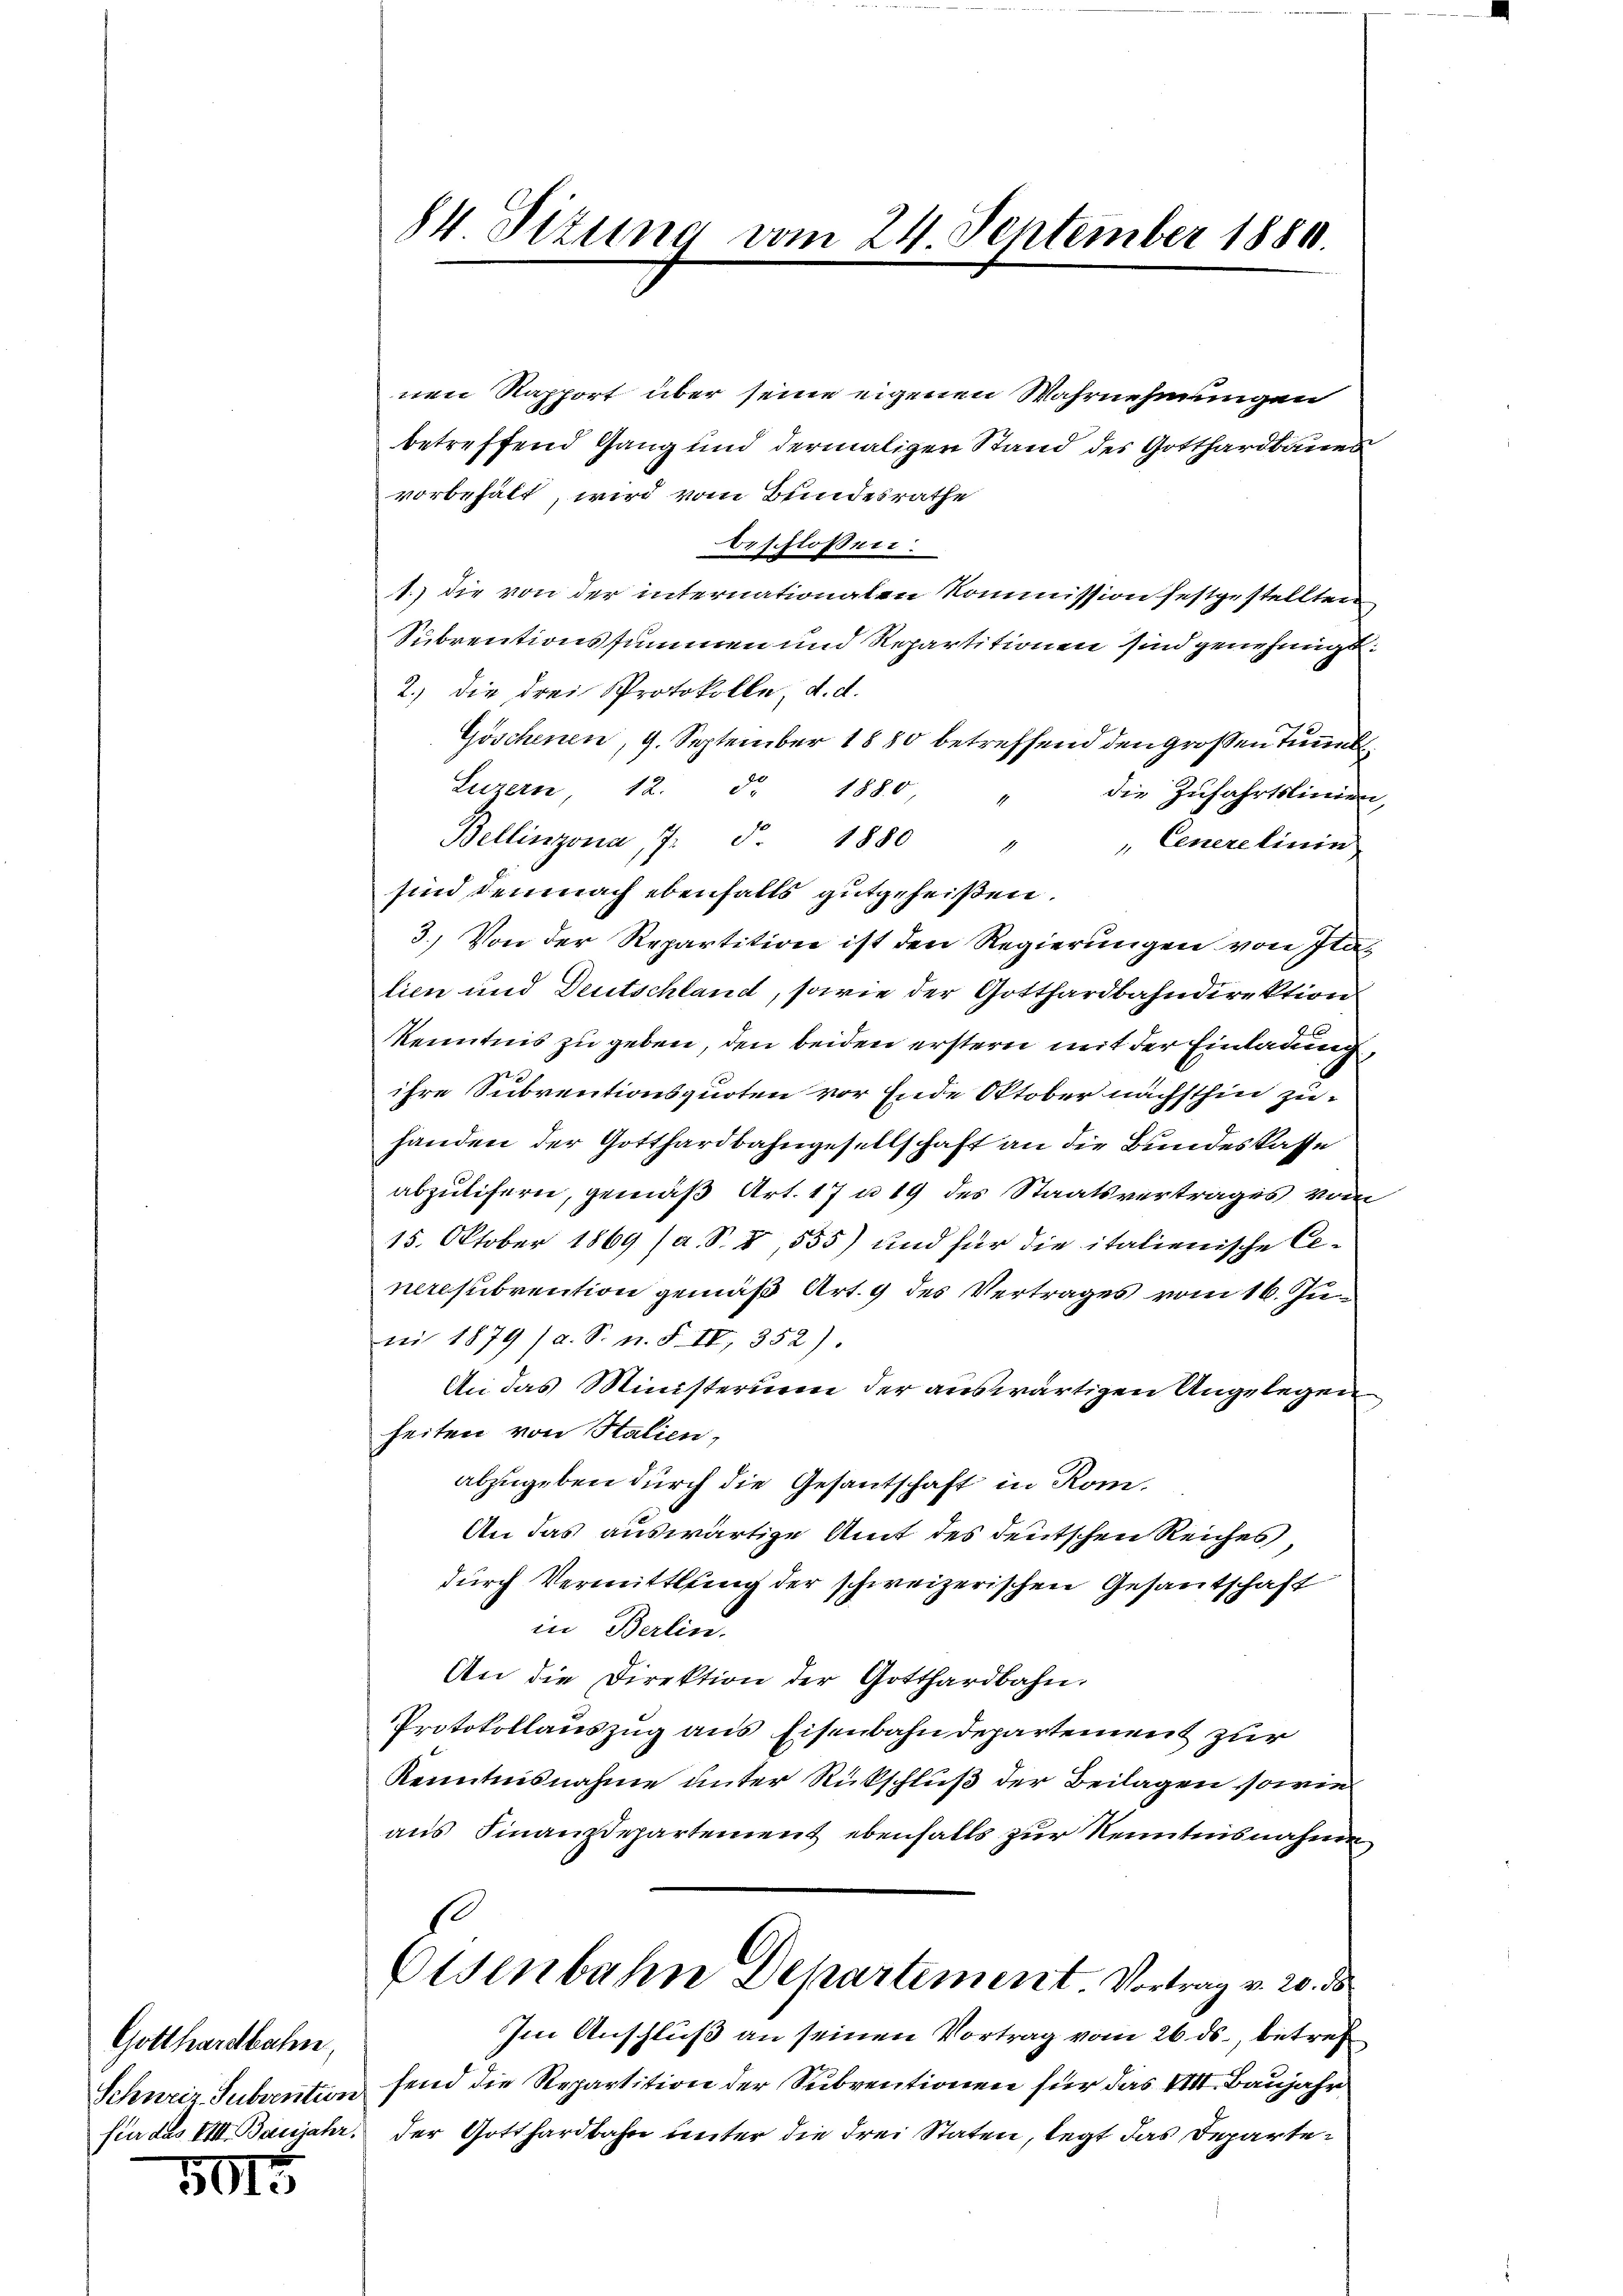
Gotthardbahn,
Schweiz Subvention
für das VIII. Barsjahr.

501.

84 Sitzung vom 24. September 1880.

nen Rapport über seine eigenen Wahrnehmungen
betreffend Gang und dermaligen Stand des Gotthardbaues
vorbehält, wird vom Bundesrathe
beschlossen:
1.) die von der internationalen Kommission festgestellten
Subrentionssummen und Repartitionen sind genehmigt
2.) die drei Protokolle, d. d.
Göschenen, 9. September 1880 betreffend den großen Tunnel
Luzern, 12. d. 1880,
die Zufahrtslinien
Bellinzona, 7 § 1880 "
Cenerelinie
sind demnach ebenfalls gutgeheißen.
3.) Von der Repartition ist den Regierŭngen von Itatien und Deutschland, sowie der Gotthardbahndirektion
Kenntnis zu geben, den beiden erstern mit der Einladung,
ihre Subventionsquoten vor Ende Oktober nächsthin zuhanden der Gotthardbahngesellschaft an die Bundeskasse
abzulifern, gemäß Art. 17 n 19 des Staatsvertrages vom
15. Oktober 1869 (a. S. 8, 555) und für die italienische Generestbrention gemäß Art. 9 des Vertrages vom 16. Juni 1879 (a. S. n. F. IV, 352)
An das Ministerium der auswärtigen Angelegen
heiten von Statien,
abzugeben durch die Gesantschaft in Rom.
An das auswärtige Amt des deutschen Reiches
durch Vermittlung der schweizerischen Gesantschaft
in Berlin.
An die Direktion der Gotthardbahn.
Protokollauszug aus Eisenbahndepartement zur
Kenntnisnahme unter Rückschluß der Beilagen sowie
aus Finanzdepartement ebenfalls zur Kenntnisnahme
Eisenbahn Departement. Vortrag v. 20. ds
Im Anschluß an seinen Vortrag vom 26. ds., betref
fend die Repartition der Subventionen für das VIII. Baujahr
der Gotthardbahn unter die drei Staten, legt das Departe¬